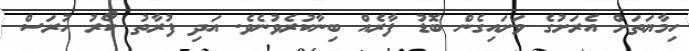
ހިމާޔަތަށް އެރަށުގެ ވަށައިގެން ބޮޑު ފާރެއް ބިނާކުރެވުނެވެ. އަދި ފުރާތު ކޯރު ހުރަސް